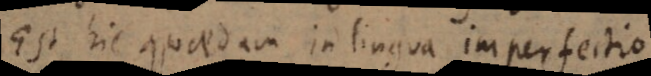
Est hic quaedam in lingua imperfectio.